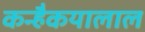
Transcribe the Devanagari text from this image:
कन्हैकयालाल